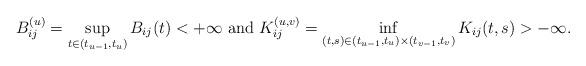
LaTeX: \begin{align*}{}B_{ij}^{(u)}=\sup_{t\in (t_{u-1},t_{u})}B_{ij}(t)<+\infty\mbox{ and }K_{ij}^{(u,v)}=\inf_{(t,s)\in (t_{u-1},t_{u})\times (t_{v-1},t_{v})}K_{ij}(t,s)>-\infty .\end{align*}